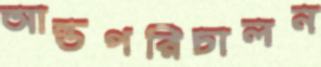
আন্তপরিচালন